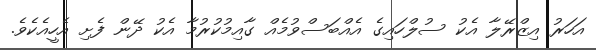
އަހަރު އިޒްރޭލާ އެކު ސުލްހައިގެ އެއްބަސްވުމެއް ގާއިމުކުރުމާ އެކު ދޭން ފެށި އެހީއެކެވެ.